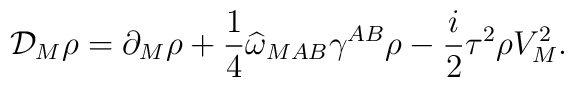
{\cal D}_M\rho=\partial_M\rho+\frac{1}{4}\widehat{\omega}_{MAB}\gamma^{AB}\rho-\frac{i}{2}\tau^2\rho V_M^2.